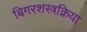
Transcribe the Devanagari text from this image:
बिगरशस्त्रक्रिया